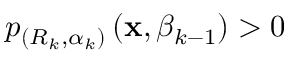
p _ { \left( R _ { k } , \alpha _ { k } \right) } \left( \mathbf { x } , \beta _ { k - 1 } \right) > 0